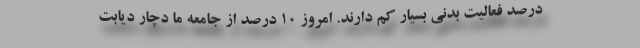
درصد فعالیت بدنی بسیار کم دارند. امروز 10 درصد از جامعه ما دچار دیابت